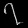
Digit: ၇